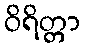
ဝိရိတ္တာ